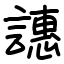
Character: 譓